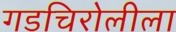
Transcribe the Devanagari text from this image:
गडचिरोलीला